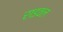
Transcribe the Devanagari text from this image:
राइवल